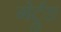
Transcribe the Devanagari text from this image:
गेर्ट्रुड